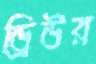
ড্রিউর